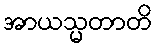
အာယသ္မတာတိ